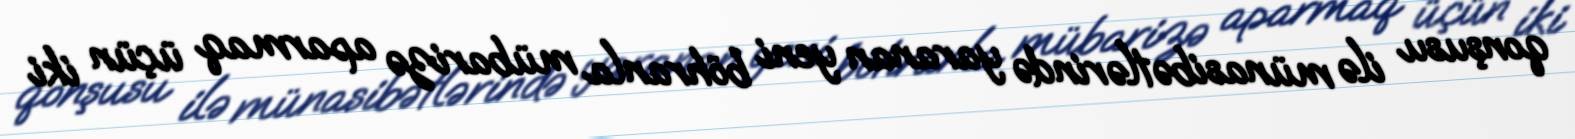
qonşusu ilə münasibətlərində yaranan yeni böhranla mübarizə aparmaq üçün iki